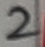
Text: 2